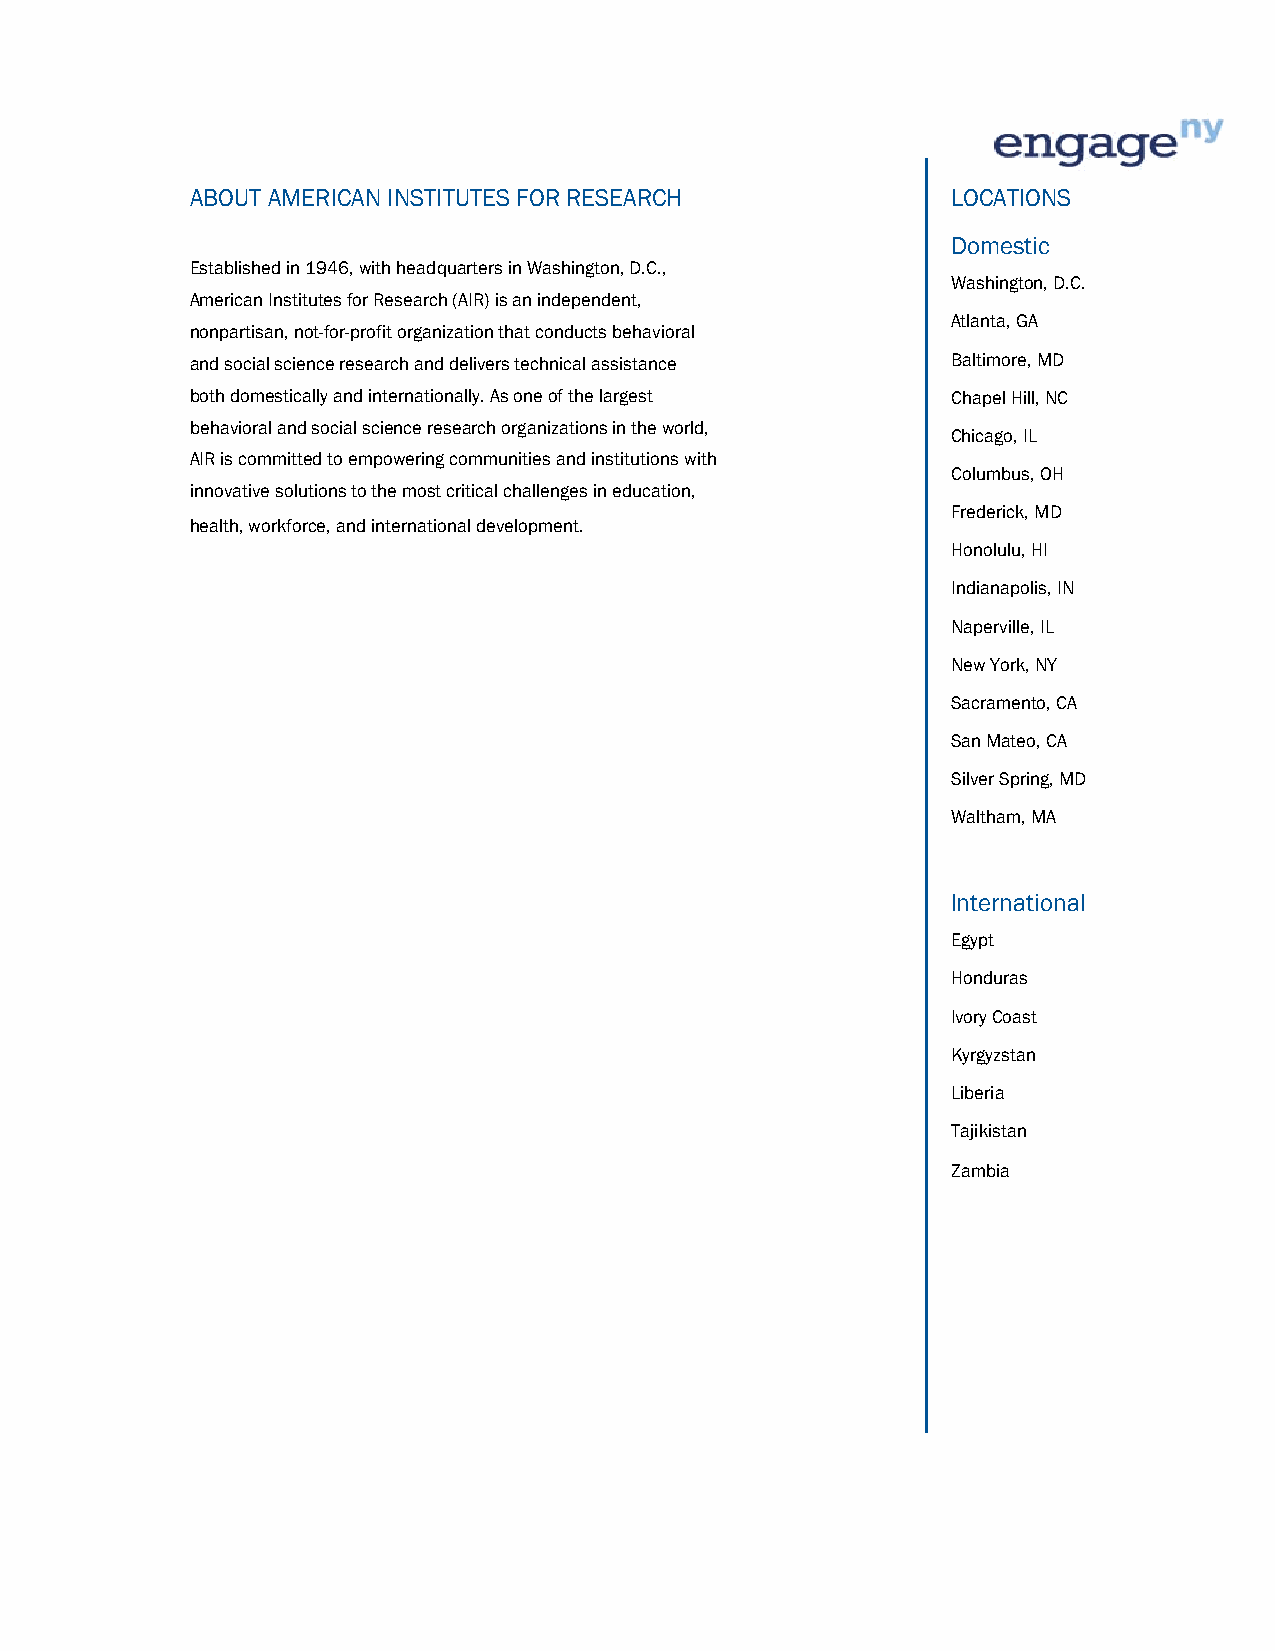
ABOUT AMERICAN INSTITUTES FOR RESEARCH            LOCATIONS
 Domestic
 Established in 1946, with headquarters in Washington, D.C.,
 Washington, D.C.
 American Institutes for Research (AIR) is an independent,
 Atlanta, GA
 nonpartisan, not-for-profit organization that conducts behavioral
 and social science research and delivers technical assistance Baltimore, MD
 both domestically and internationally. As one of the largest Chapel Hill, NC
 behavioral and social science research organizations in the world,
 Chicago, IL
 AIR is committed to empowering communities and institutions with
 Columbus, OH
 innovative solutions to the most critical challenges in education,
 Frederick, MD
 health, workforce, and international development.
 Honolulu, HI
 Indianapolis, IN
 Naperville, IL
 New York, NY
 Sacramento, CA
 San Mateo, CA
 Silver Spring, MD
 Waltham, MA
 International
 Egypt
 Honduras
 Ivory Coast
 Kyrgyzstan
 Liberia
 Tajikistan
 Zambia